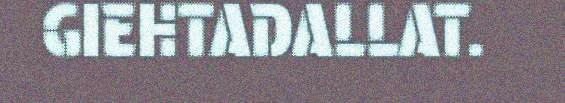
GIEHTADALLAT.